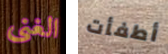
الغنى أطفأت